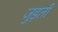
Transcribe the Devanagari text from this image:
जुड़तीं